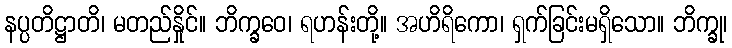
နပ္ပတိဋ္ဌာတိ၊ မတည်နှိုင်။ ဘိက္ခဝေ၊ ရဟန်းတို့။ အဟိရိကော၊ ရှက်ခြင်းမရှိသော။ ဘိက္ခု၊